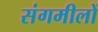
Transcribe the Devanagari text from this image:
संगमीलों